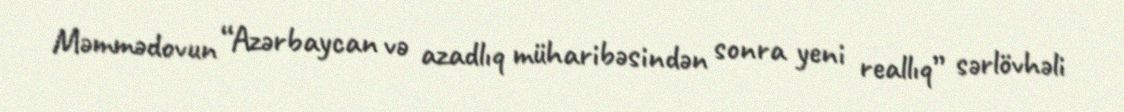
Məmmədovun “Azərbaycan və azadlıq müharibəsindən sonra yeni reallıq” sərlövhəli